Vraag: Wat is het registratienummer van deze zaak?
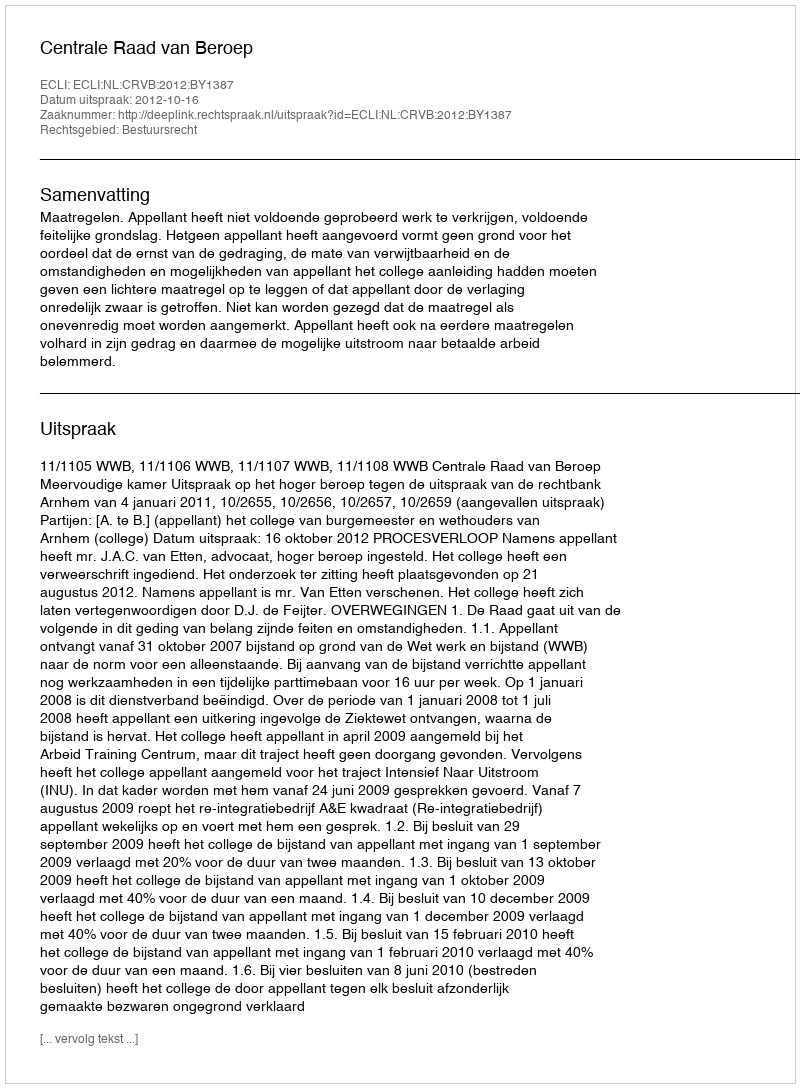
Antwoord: http://deeplink.rechtspraak.nl/uitspraak?id=ECLI:NL:CRVB:2012:BY1387